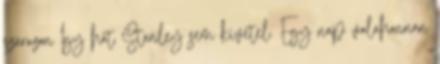
szárazon Így hát Stanley sem kivétel. Egy nap valahonnan